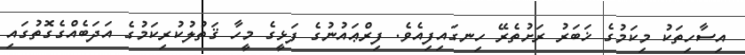
އިސާހިތަކު މިކަމުގެ ޚަބަރު ރަށުތެރޭ ހިނގައިފިއެވެ. ފިރްޢައުނުގެ ފަޅީގެ މީހާ ޤަތުލުކުރިކަމުގެ އަދަބެއްގެގޮތުގައި